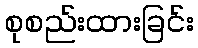
စုစည်းထားခြင်း